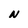
Character: N